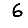
Digit: 6